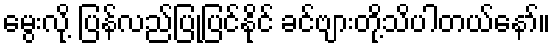
မွေးလို့ ပြန်လည်ပြုပြင်နိုင် ခင်ဗျားတို့သိပါတယ်နော်။